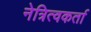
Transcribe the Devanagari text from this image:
नेत्रित्वकर्ता